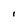
Character: I